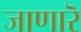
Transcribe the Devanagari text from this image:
जाणारॆ